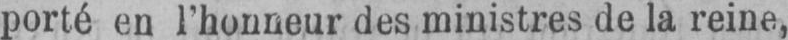
porté en l’honneur des ministres de la reine,